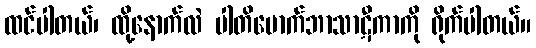
ထင်ပါတယ်၊ ထို့နောက်လဲ ပါတိမောက်ဘာသာဋီကာကို ရိုက်ပါတယ်။